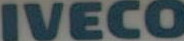
IVECO